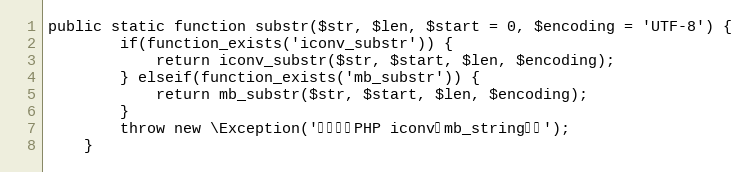
Language: PHP
public static function substr($str, $len, $start = 0, $encoding = 'UTF-8') {
	    if(function_exists('iconv_substr')) {
	        return iconv_substr($str, $start, $len, $encoding);
	    } elseif(function_exists('mb_substr')) {
	        return mb_substr($str, $start, $len, $encoding);
	    }
	    throw new \Exception('请先安装PHP iconv或mb_string扩展');
	}